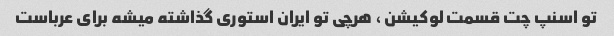
تو اسنپ چت قسمت لوکیشن ، هرچی تو ایران استوری گذاشته میشه برای عرباست